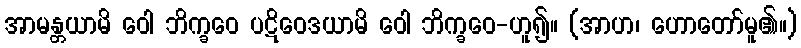
အာမန္တယာမိ ဝေါ ဘိက္ခဝေ ပဋိဝေဒယာမိ ဝေါ ဘိက္ခဝေ-ဟူ၍။ (အာဟ၊ ဟောတော်မူ၏။)